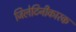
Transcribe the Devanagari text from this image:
जिलेटिनीकारक